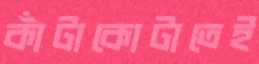
কাঁটাকোটাতেই